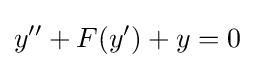
y''+F(y')+y=0